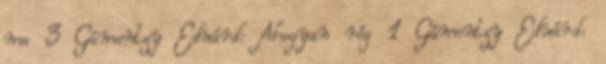
ma 3 Gámentzy Eduárd: Ahogyan rég 1 Gámentzy Eduárd: